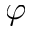
\varphi